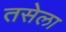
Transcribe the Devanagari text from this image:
तसेला